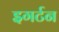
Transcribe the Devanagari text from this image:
इगर्टन